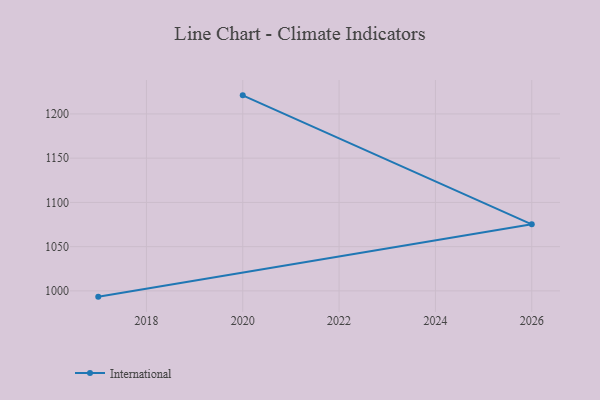
{"axis": {"x": "Year", "y": "Headcount"}, "legend": ["International"], "data": [{"x": "2017", "y": 993.5, "type": "International"}, {"x": "2026", "y": 1075.2, "type": "International"}, {"x": "2020", "y": 1221.0, "type": "International"}]}